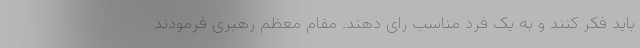
باید فکر کنند و به یک فرد مناسب رای دهند. مقام معظم رهبری فرمودند